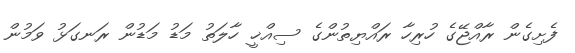
ފެށިގެން ރާއްޖޭގެ ހުރިހާ ރައްޔިތުންގެ ސިއްޚީ ހާލަތު މަޑު މަޑުން ރަނގަޅު ވަމުން